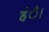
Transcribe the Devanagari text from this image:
हंै।